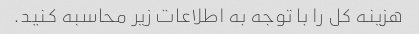
هزینه کل را با توجه به اطلاعات زیر محاسبه کنید.